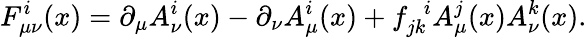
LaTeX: F_{\mu\nu}^{i}(x)=\partial_{\mu}A_{\nu}^{i}(x)-\partial_{\nu}A_{\mu}^{i}(x)+f_{jk}^{\, \, \, i}A_{\mu}^{j}(x)A_{\nu}^{k}(x).